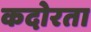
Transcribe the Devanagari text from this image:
कदोरता